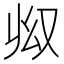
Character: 𠬳